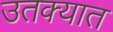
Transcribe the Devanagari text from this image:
उतक्यात